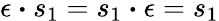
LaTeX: \epsilon\boldsymbol{\cdot}s_{1}=s_{1}\boldsymbol{\cdot}\epsilon=s_{1}